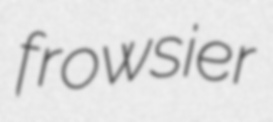
frowsier